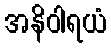
အနိဝါရယံ